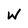
Character: W